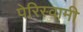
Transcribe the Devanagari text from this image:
पेरिस्वामी